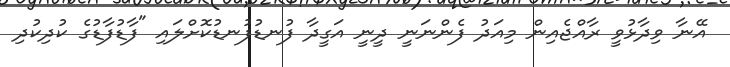
އޭނާ ވިދާޅުވީ ރާއްޖެއިން މިއަދު ފެންނަނީ ދީނީ އަގީދާ ފުނޑުފުނޑުކޮށްލައި "ފާޑުފާޑުގެ ކުދިކުދި